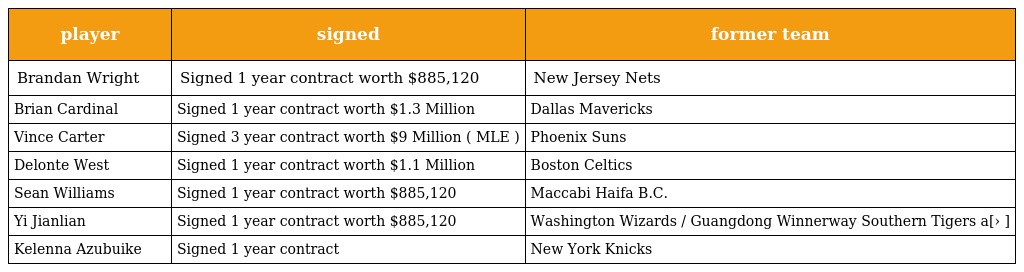
| player | signed | former team |
 | --- | --- | --- |
 | Brandan Wright | Signed 1 year contract worth $885,120 | New Jersey Nets |
 | Brian Cardinal | Signed 1 year contract worth $1.3 Million | Dallas Mavericks |
 | Vince Carter | Signed 3 year contract worth $9 Million ( MLE ) | Phoenix Suns |
 | Delonte West | Signed 1 year contract worth $1.1 Million | Boston Celtics |
 | Sean Williams | Signed 1 year contract worth $885,120 | Maccabi Haifa B.C. |
 | Yi Jianlian | Signed 1 year contract worth $885,120 | Washington Wizards / Guangdong Winnerway Southern Tigers a[› ] |
 | Kelenna Azubuike | Signed 1 year contract | New York Knicks |